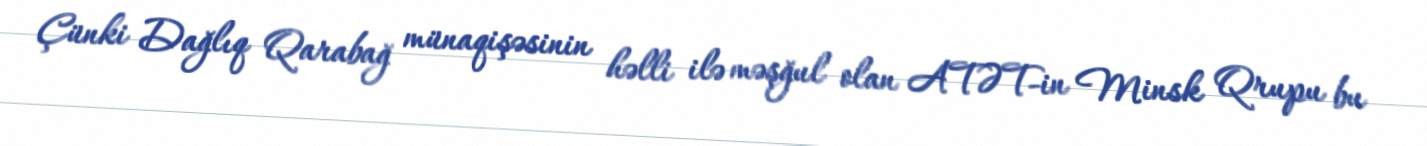
Çünki Dağlıq Qarabağ münaqişəsinin həlli ilə məşğul olan ATƏT-in Minsk Qrupu bu